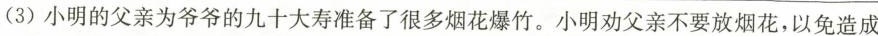
(3)小明的父亲为爷爷的九十大寿准备了很多烟花爆竹。小明劝父亲不要放烟花，以免造成